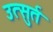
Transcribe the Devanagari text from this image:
उत्सुर्त